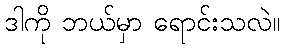
ဒါကို ဘယ်မှာ ရောင်းသလဲ။